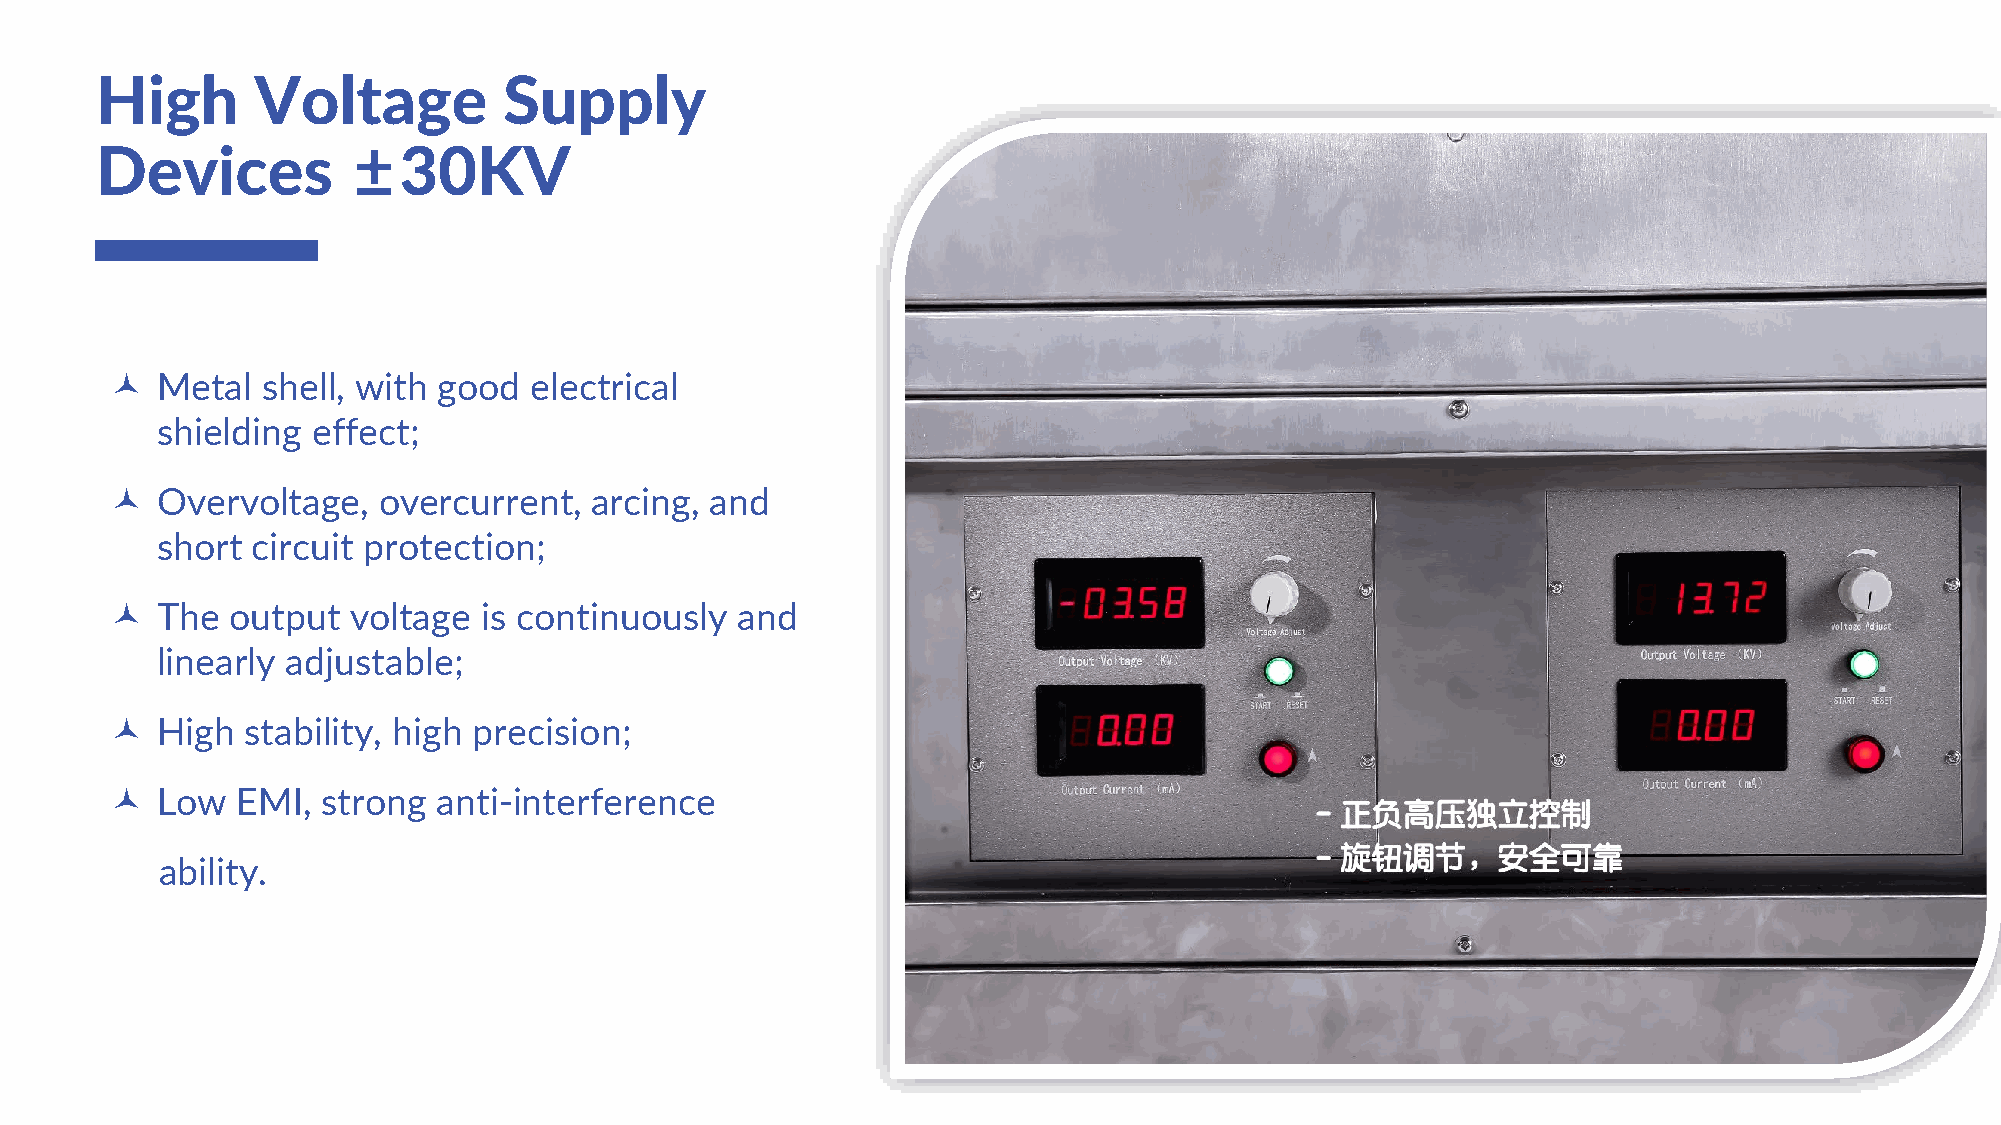
High       Voltage         Supply
 Devices          ±30KV
   Metal  shell, with good  electrical
 shielding  effect;
   Overvoltage,   overcurrent,  arcing, and
 short  circuit protection;
   The  output  voltage  is continuously  and
 linearly adjustable;
   High  stability, high precision;
   Low   EMI, strong  anti-interference
 ability.